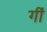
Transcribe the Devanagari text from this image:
गीं